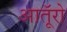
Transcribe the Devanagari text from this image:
आतूॅरो